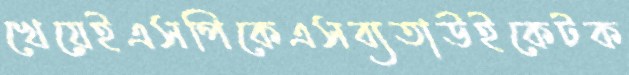
খেয়েইএসপিকেএসব্যতাউইকেটক